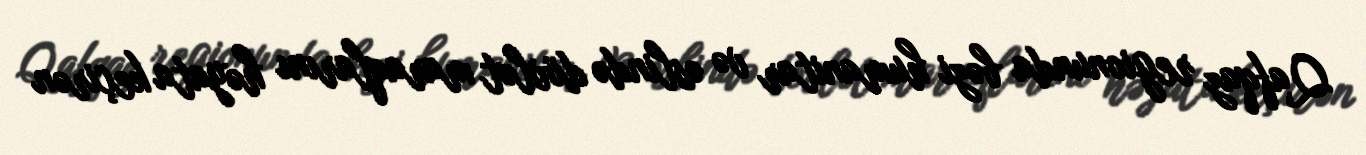
Qafqaz regionunda bəzi humanitar və əslində dövlət maraqlarını həyata keçirən